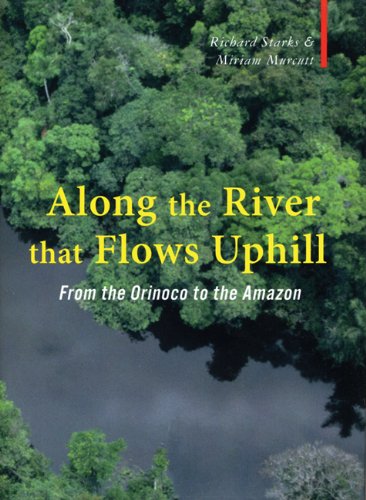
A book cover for Along the River that Flows Uphill: From the Orinoco to the Amazon (Armchair Traveller); Richard Starks; Travel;